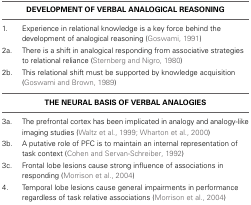
<table><thead><tr><td colspan="2"><b>DEVELOPMENT OF VERBAL ANALOGICAL REASONING</b></td></tr></thead><tbody><tr><td>1.</td><td>Experience in relational knowledge is a key force behind the development of analogical reasoning (Goswami, 1991)</td></tr><tr><td>2a.</td><td>There is a shift in analogical responding from associative strategies to relational reliance (Sternberg and Nigro, 1980)</td></tr><tr><td>2b.</td><td>This relational shift must be supported by knowledge acquisition (Goswami and Brown, 1989)</td></tr><tr><td colspan="2"><b>THE NEURAL BASIS OF VERBAL ANALOGIES</b></td></tr><tr><td>3a.</td><td>The prefrontal cortex has been implicated in analogy and analogy-like imaging studies (Waltz et al., 1999; Wharton et al., 2000)</td></tr><tr><td>3b.</td><td>A putative role of PFC is to maintain an internal representation of task context (Cohen and Servan-Schreiber, 1992)</td></tr><tr><td>3c.</td><td>Frontal lobe lesions cause strong influence of associations in responding (Morrison et al., 2004)</td></tr><tr><td>4.</td><td>Temporal lobe lesions cause general impairments in performance regardless of task relative associations (Morrison et al., 2004)</td></tr></tbody></table>